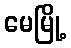
မေမြို့